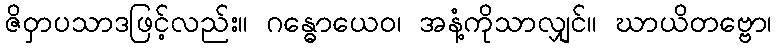
ဇိဝှာပသာဒဖြင့်လည်း။ ဂန္ဓောယေဝ၊ အနံ့ကိုသာလျှင်။ ဃာယိတဗ္ဗော၊